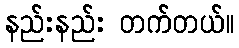
နည်းနည်း တက်တယ်။